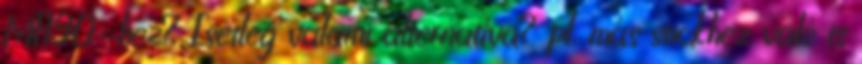
MF190-hez? Esetleg valami alternatíva? pl. más stickhez való is